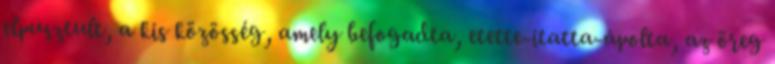
elpusztult, a kis közösség, amely befogadta, etette-itatta-ápolta, az öreg